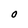
Character: O